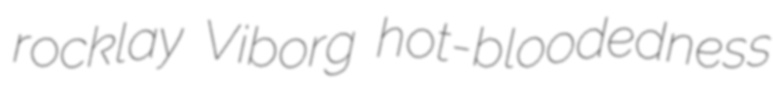
rocklay Viborg hot-bloodedness